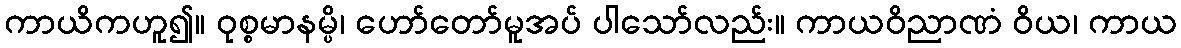
ကာယိကဟူ၍။ ဝုစ္စမာနမ္ပိ၊ ဟော်တော်မူအပ် ပါသော်လည်း။ ကာယဝိညာဏံ ဝိယ၊ ကာယ